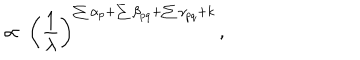
\propto ~ \left( \frac { 1 } { \lambda } \right) ^ { \sum \alpha _ { p } + \sum \beta _ { p q } + \sum \gamma _ { p q } + k } \, ,